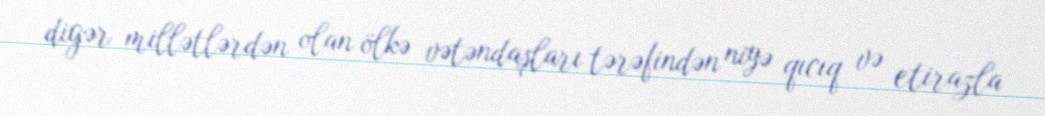
digər millətlərdən olan ölkə vətəndaşları tərəfindən niyə qıcıq və etirazla